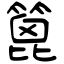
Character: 篦